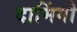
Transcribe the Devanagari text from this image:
दामिंगो